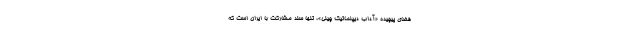
فضای پیچیده «آداب دیپلماتیک چینی»، تنها سند مشارکت با ایران است که